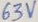
Text: 63V